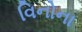
વિનોના